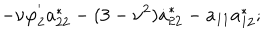
- \nu \varphi _ { 2 } ^ { ' } a _ { 2 2 } ^ { * } - ( 3 - \nu ^ { 2 } ) \dot { a } _ { 2 2 } ^ { * } - a _ { 1 1 } a _ { 1 2 } ^ { * } ;